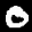
Label: 0